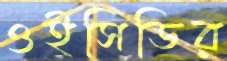
ওইসিডির